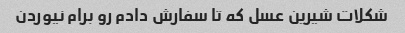
شکلات شیرین عسل که تا سفارش دادم رو برام نیوردن